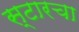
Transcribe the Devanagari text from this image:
स्टारचा